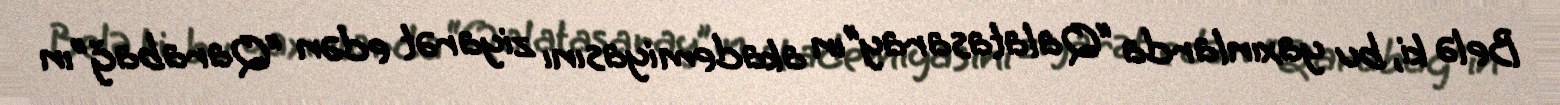
Belə ki, bu yaxınlarda “Qalatasaray”ın akademiyasını ziyarət edən “Qarabağ”ın